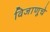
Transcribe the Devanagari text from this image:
विजाणूचे